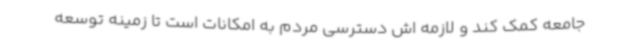
جامعه کمک کند و لازمه اش دسترسی مردم به امکانات است تا زمینه توسعه